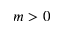
m > 0